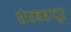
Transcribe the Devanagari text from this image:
शेरबहादूर